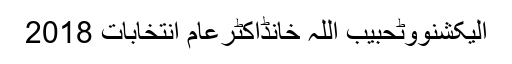
الیکشنووٹحبیب اللہ خانڈاکٹرعام انتخابات 2018